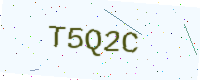
Text: T5Q2C